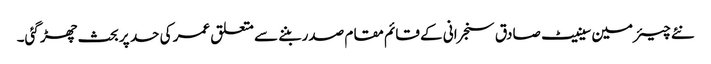
نئے چیئرمین سینیٹ صادق سنجرانی کے قائم مقام صدر بننے سے متعلق عمر کی حد پر بحث چھڑ گئی۔